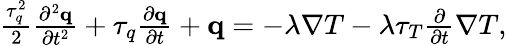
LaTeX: \begin{array}{r}{\frac{\tau_{q}^{2}}{2}\frac{\partial^{2}\mathbf q}{\partial t^{2}}+\tau_{q}\frac{\partial\mathbf q}{\partial t}+\mathbf q=-\lambda\nabla T-\lambda\tau_{T}\frac{\partial}{\partial t}\nabla T,}\end{array}